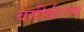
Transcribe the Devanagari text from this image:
वगीर्करण